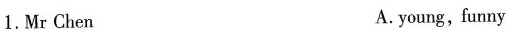
1.Mr Chen A. young,funny